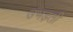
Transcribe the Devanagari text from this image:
उभड़ती